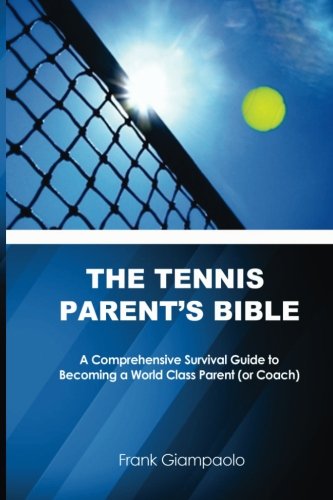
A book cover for The Tennis Parent's Bible: A Comprehensive Survival Guide to Becoming a World Class Tennis Parent (or Coach); Frank Giampaolo; Sports & Outdoors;